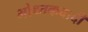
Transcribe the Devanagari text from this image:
भोथ्तकवादी